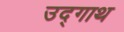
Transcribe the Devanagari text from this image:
उद्गाथ